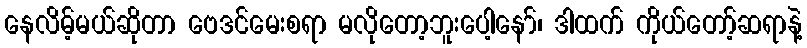
နေလိမ့်မယ်ဆိုတာ ဗေဒင်မေးစရာ မလိုတော့ဘူးပေါ့နော်၊ ဒါထက် ကိုယ်တော့်ဆရာနဲ့